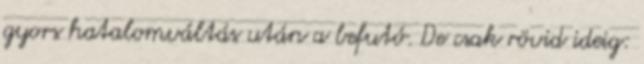
gyors hatalomváltás után a befutó. De csak rövid ideig: